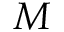
M